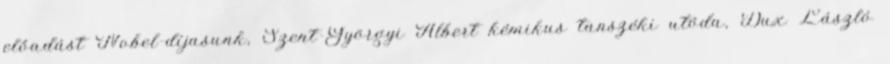
előadást Nobel-díjasunk, Szent-Györgyi Albert kémikus tanszéki utóda, Dux László